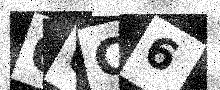
Text: 06C6